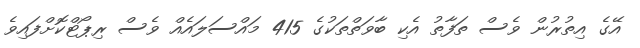
އޭގެ އިތުރުން ވެސް ތަފާތު އެކި ބާވަތްތަކުގެ 415 މައްސަލައެއް ވެސް ރިޕޯޓްކޮށްފައިވެ